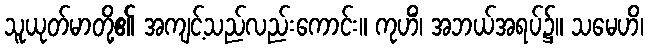
သူယုတ်မာတို့၏ အကျင့်သည်လည်းကောင်း။ ကုဟိံ၊ အဘယ်အရပ်၌။ သမေဟိ၊